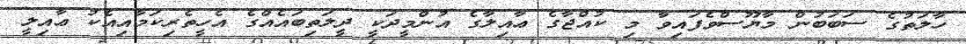
ހާލަތުގެ ސަބަބުން މާޔޫސްވެފައިވާ މި ކުއްޖާގެ ޢާއިލާގެ އުންމީދަކީ ދީލަތިބައެއްގެ އެހީތެރިކަމާއިއެކު ޢާއިލީ